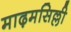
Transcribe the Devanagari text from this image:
माढ़मसिल्ली